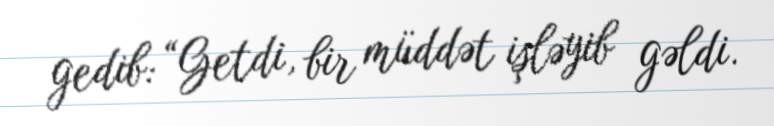
gedib: “Getdi, bir müddət işləyib gəldi.